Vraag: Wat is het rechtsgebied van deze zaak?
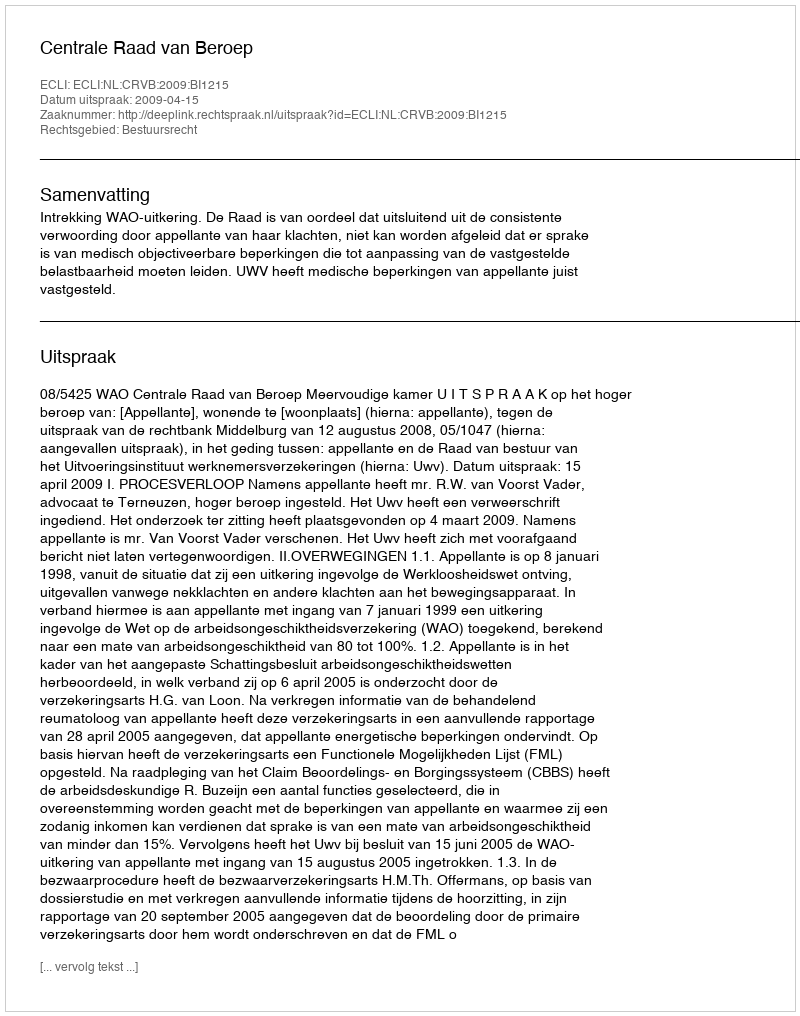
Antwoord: Bestuursrecht